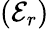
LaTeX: (\mathcal{E}_{r})